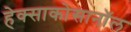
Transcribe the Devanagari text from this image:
हेक्साकोसानॉल